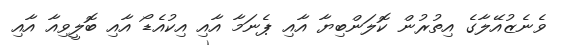
ވެނެޒުއޭލާގެ އިތުރުން ކޮލަންބިޔާ އާއި ޕެނަމާ އާއި އިކުއެޑޯ އާއި ބޮލީވިއާ އާއި